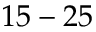
1 5 - 2 5